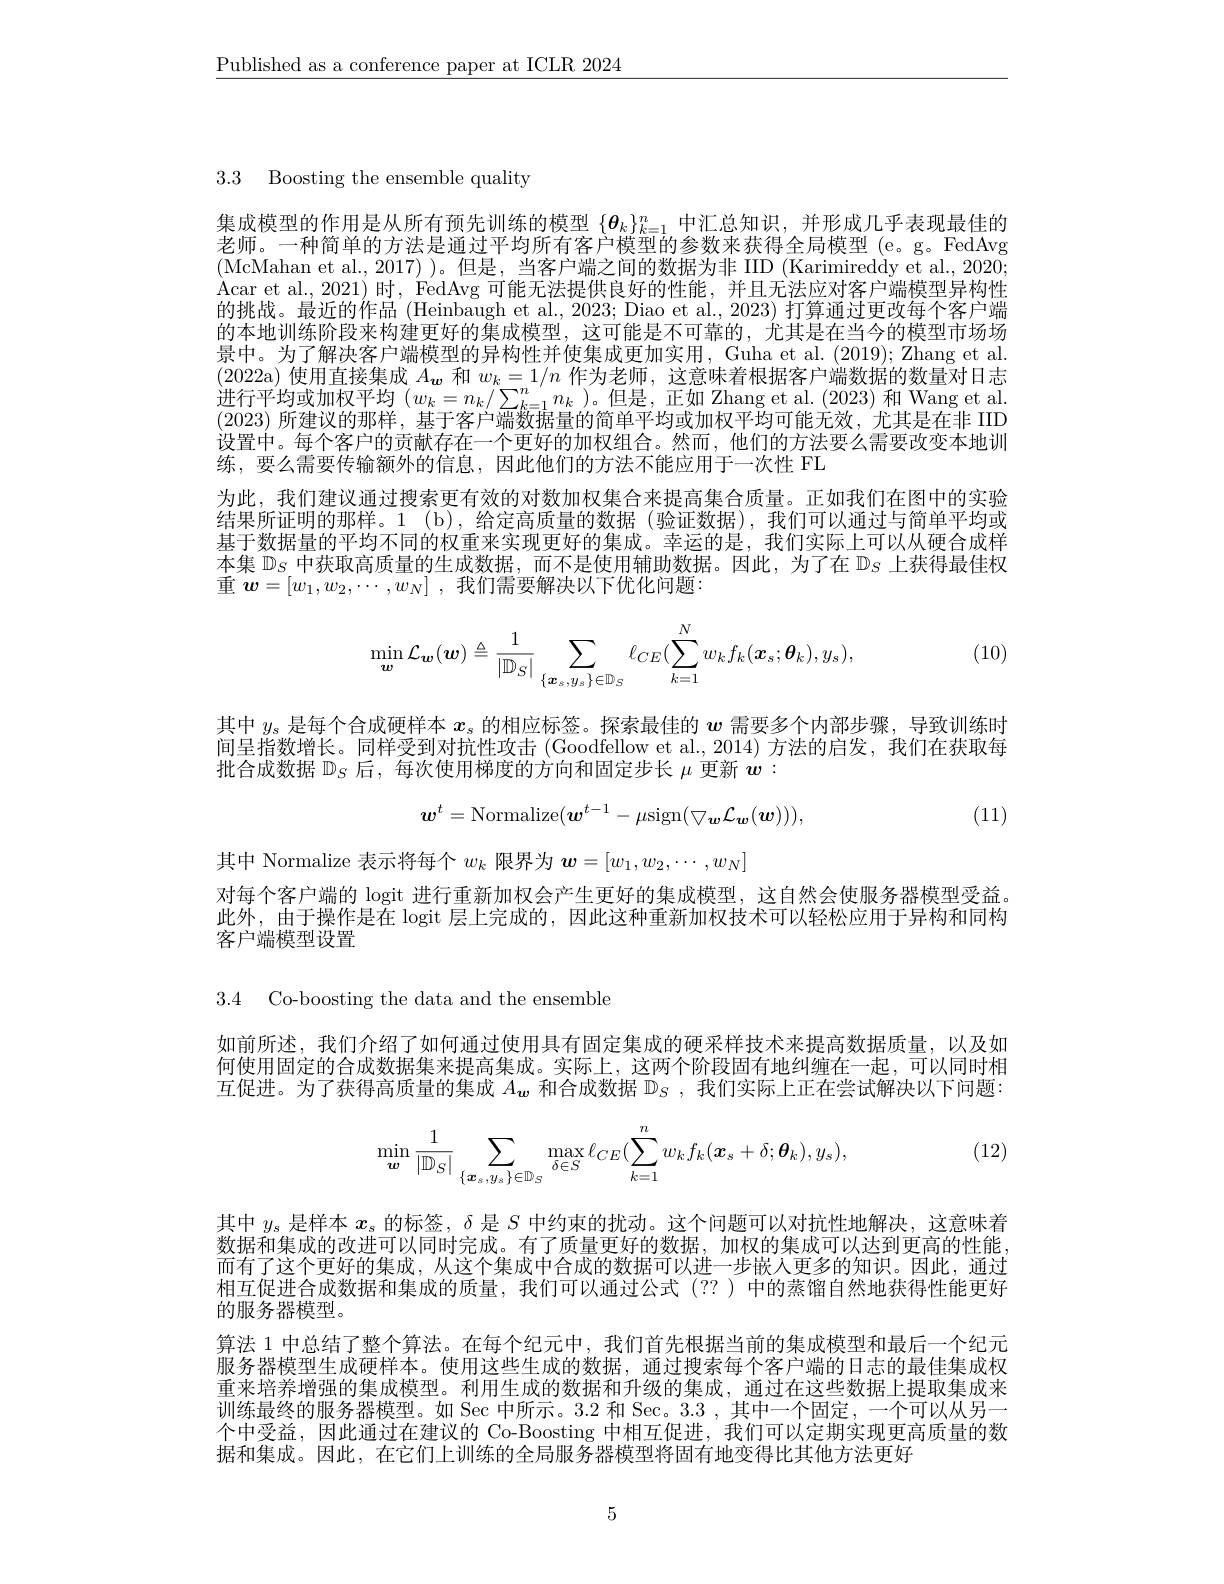
$\underline{\text{Published as a conference paper at ICLR 2024}}$

3.3 Boosting the ensemble quality

集成模型的作用是从所有预先训练的模型$\{\boldsymbol{\theta}_k\}_{k=1}^n$中汇总知识，并形成几乎表现最佳的老师。一种简单的方法是通过平均所有客户模型的参数来获得全局模型 (e。g。FedAvg (McMahan et al.,2017))。但是，当客户端之间的数据为非 IID (Karimireddy et al., 2020; Acar et al., 2021) 时，FedAvg 可能无法提供良好的性能，并且无法应对客户端模型异构性的挑战。最近的作品 (Heinbaugh et al., 2023; Diao et al., 2023) 打算通过更改每个客户端的本地训练阶段来构建更好的集成模型，这可能是不可靠的，尤其是在当今的模型市场场景中。为了解决客户端模型的异构性并使集成更加实用，Guha et al. (2019); Zhang et al. (2022a)使用直接集成$A_\boldsymbol{w}$和$w_k=1/n$作为老师，这意味着根据客户端数据的数量对日志进行平均或加权平均$(w_k=n_k/\sum_{k=1}^nn_k$ )。但是，正如 Zhang et al. (2023) 和 Wang et al 2023)所建议的那样 某干客户端数据最的简单平均成加权平均可能无效 尤苴是在非 IIT 设置中。每个客户的贡献存在一个更好的加权组合。然而，他们的方法要么需要改变本地训练，要么需要传输额外的信息，因此他们的方法不能应用于一次性 FL
为此，我们建议通过搜索更有效的对数加权集合来提高集合质量。正如我们在图中的实验结果所证明的那样。1 (b),给定高质量的数据 (验证数据),我们可以通过与简单平均或基于数据量的平均不同的权重来实现更好的集成。幸运的是，我们实际上可以从硬合成样本集$\mathbb{D}_S$中获取高质量的生成数据，而不是使用辅助数据。因此，为了在$\mathbb{D}_S$上获得最佳权重$\boldsymbol{w}= [ w_1, w_2, \cdots , w_N]$ ,我们需要解决以下优化问题：
$$\min_{\boldsymbol{w}}\mathcal{L}_{\boldsymbol{w}}(\boldsymbol{w})\triangleq\frac{1}{|\mathbb{D}_{S}|}\sum_{\{\boldsymbol{x}_{s},y_{s}\}\in\mathbb{D}_{S}}\ell_{CE}(\sum_{k=1}^{N}w_{k}f_{k}(\boldsymbol{x}_{s};\boldsymbol{\theta}_{k}),y_{s}),$$
(10)

其中$y_\mathrm{s}$是每个合成硬样本$x_\mathrm{s}$的相应标签。探索最佳的$w$需要多个内部步骤，导致训练时间呈指数增长。同样受到对抗性攻击(Goodfellow et al.,2014)方法的启发，我们在获取每批合成数据$\mathbb{D}_S$后，每次使用梯度的方向和固定步长$\mu$更新$w:$

(11)
$$\boldsymbol{w}^t=\mathrm{Normalize}(\boldsymbol{w}^{t-1}-\mu\mathrm{sign}(\bigtriangledown_{\boldsymbol{w}}\mathcal{L}_{\boldsymbol{w}}(\boldsymbol{w}))),$$
其中 Normalize 表示将每个$w_k$限界为$\boldsymbol w=[w_1,w_2,\cdots,w_N]$

对每个客户端的 logit 进行重新加权会产生更好的集成模型，这自然会使服务器模型受益。此外，由于操作是在 logit 层上完成的，因此这种重新加权技术可以轻松应用于异构和同构客户端模型设置

3.4 Co-boosting the data and the ensemble

如前所述，我们介绍了如何通过使用具有固定集成的硬采样技术来提高数据质量，以及如何使用固定的合成数据集来提高集成。实际上，这两个阶段固有地纠缠在一起，可以同时相互促进。为了获得高质量的集成$A_{\boldsymbol{w}}$和合成数据$\mathbb{D}_S$ ,我们实际上正在尝试解决以下问题：

(12)
$$\min_{\boldsymbol{w}}\frac{1}{|\mathbb{D}_{S}|}\sum_{\{\boldsymbol{x}_{s},y_{s}\}\in\mathbb{D}_{S}}\max_{\delta\in S}\ell_{CE}(\sum_{k=1}^{n}w_{k}f_{k}(\boldsymbol{x}_{s}+\delta;\boldsymbol{\theta}_{k}),y_{s}),$$
其中$y_\mathrm{s}$是样本$x_\mathrm{s}$的标签，$\delta$是$S$中约束的扰动。这个问题可以对抗性地解决，这意味着数据和集成的改进可以同时完成。有了质量更好的数据，加权的集成可以达到更高的性能， 而有了这个更好的集成，从这个集成中合成的数据可以进一步嵌人更多的知识。因此，通过相互促进合成数据和集成的质量，我们可以通过公式(??)中的蒸馏自然地获得性能更好的服务器模型。
算法 1 中总结了整个算法。在每个纪元中，我们首先根据当前的集成模型和最后一个纪元服务器模型生成硬样本。使用这些生成的数据，通过搜索每个客户端的日志的最佳集成权重来培养增强的集成模型。利用生成的数据和升级的集成，通过在这些数据上提取集成来训练最终的服务器模型。如 Sec 中所示。3.2 和 Sec。3.3 ,其中一个固定 , 一个可以从另一个中受益，因此通过在建议的 Co-Boosting 中相互促进，我们可以定期实现更高质量的数据和集成。因此，在它们上训练的全局服务器模型将固有地变得比其他方法更好

5